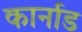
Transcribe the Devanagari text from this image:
कार्नाड